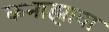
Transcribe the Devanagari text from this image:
कनाझावा